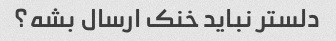
دلستر نباید خنک ارسال بشه؟